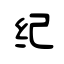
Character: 纪